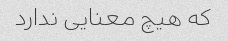
که هیچ معنایی ندارد